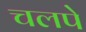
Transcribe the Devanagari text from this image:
चलपे